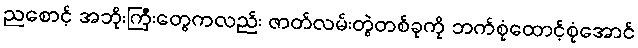
ညစောင့် အဘိုးကြီးတွေကလည်း ဇာတ်လမ်းတွဲတစ်ခုကို ဘက်စုံထောင့်စုံအောင်